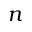
n